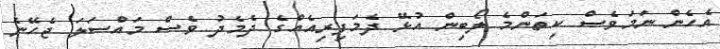
އެހެން ނަމަވެސް ކިތަންމެ ލޯބިން އުޅޭ ދެމަފިރިއެއްގެ ދެމެދު ވެސް މައްސަލަ ޖެހޭނެ